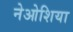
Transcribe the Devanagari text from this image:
नेओशिया